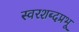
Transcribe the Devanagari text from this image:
स्वरशब्दप्रभू